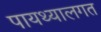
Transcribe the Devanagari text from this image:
पायथ्यालगत